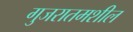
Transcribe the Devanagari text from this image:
गुजरातमशील